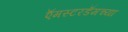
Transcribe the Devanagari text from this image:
ऍमस्टरडॅमच्या